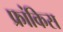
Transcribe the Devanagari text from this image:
फ्रांकिस